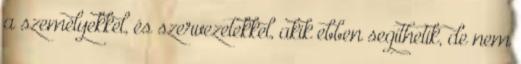
a személyekkel, és szervezetekkel, akik ebben segíthetik, de nem